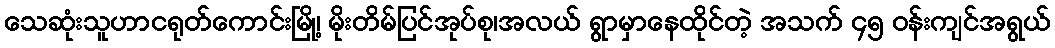
သေဆုံးသူဟာငရုတ်ကောင်းမြို့၊ မိုးတိမ်ပြင်အုပ်စု၊အလယ် ရွာမှာနေထိုင်တဲ့ အသက် ၄၅ ဝန်းကျင်အရွယ်